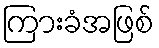
ကြားခံအဖြစ်